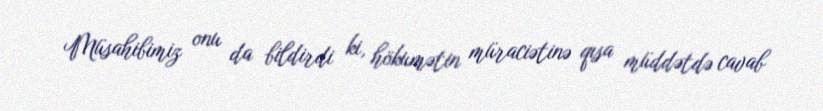
Müsahibimiz onu da bildirdi ki, hökumətin müraciətinə qısa müddətdə cavab